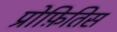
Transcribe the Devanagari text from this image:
प्रोफ़ितिस